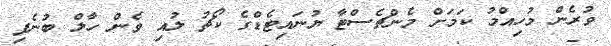
ވުރެން މުހިއްމު ކަމަށް މެންޗެސްޓާ ޔުނައިޓެޑްގެ ކޯޗު ލުއި ވެން ހާލް ބުނެފި